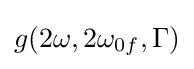
g(2\omega ,2\omega _{0f},\Gamma )